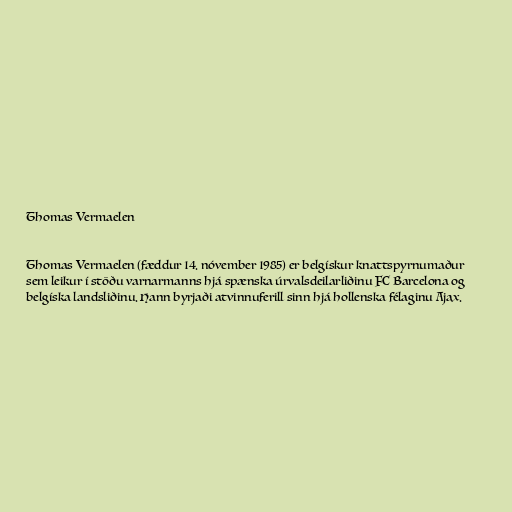
Thomas Vermaelen

Thomas Vermaelen (fæddur 14. nóvember 1985) er belgískur knattspyrnumaður
sem leikur í stöðu varnarmanns hjá spænska úrvalsdeilarliðinu FC Barcelona og
belgíska landsliðinu. Hann byrjaði atvinnuferill sinn hjá hollenska félaginu Ajax.